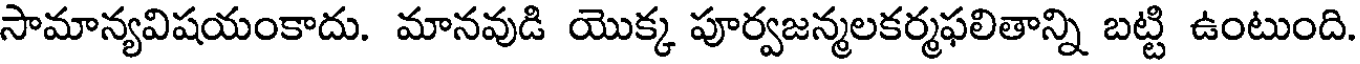
సామాన్యవిషయంకాదు. మానవుడి యొక్క పూర్వజన్మలకర్మఫలితాన్ని బట్టి ఉంటుంది.